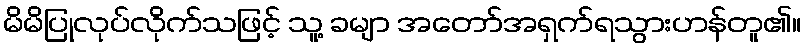
မိမိပြုလုပ်လိုက်သဖြင့် သူ့ ခမျာ အတော်အရှက်ရသွားဟန်တူ၏။